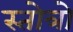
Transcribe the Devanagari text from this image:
स्तोत्रो